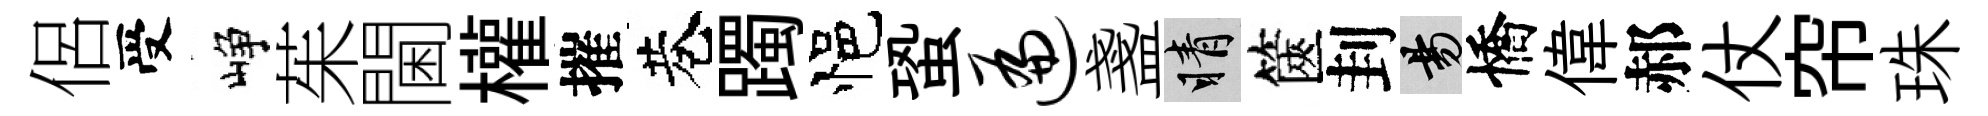
侶受峥茱閫權摧巷躅悒蛩遍盞睛篋刲昜憍偉郝仗帘珠